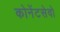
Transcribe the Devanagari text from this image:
कोनेंटसेवो